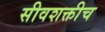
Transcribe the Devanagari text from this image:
सीवशक्तीच